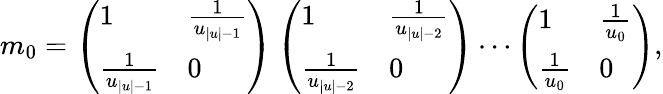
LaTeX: m_{0}=\left(\begin{array}{ll}{1}&{\frac{1}{u_{|u|-1}}}\\ {\frac{1}{u_{|u|-1}}}&{0}\end{array}\right)\left(\begin{array}{ll}{1}&{\frac{1}{u_{|u|-2}}}\\ {\frac{1}{u_{|u|-2}}}&{0}\end{array}\right)\cdots\left(\begin{array}{ll}{1}&{\frac{1}{u_{0}}}\\ {\frac{1}{u_{0}}}&{0}\end{array}\right),